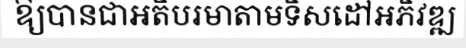
ឱ្យបានជាអតិបរមាតាមទិសដៅអភិវឌ្ឍ